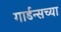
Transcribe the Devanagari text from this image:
गार्डन्सच्या